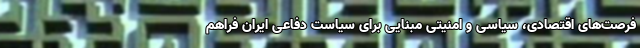
فرصت‌های اقتصادی، سیاسی و امنیتی مبنایی برای سیاست دفاعی ایران فراهم